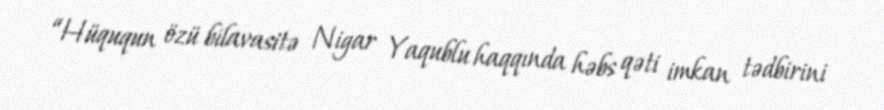
“Hüququn özü bilavasitə Nigar Yaqublu haqqında həbs qəti imkan tədbirini